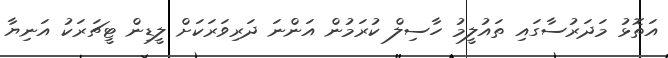
އަތޮޅު މަދަރުސާގައި ތައުލީމު ހާސިލް ކުރަމުން އަންނަ ދަރިވަރަކަށް ލީޑިން ޓީޗަރަކު އަނިޔާ